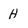
Character: H